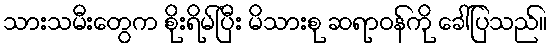
သားသမီးတွေက စိုးရိမ်ပြီး မိသားစု ဆရာဝန်ကို ခေါ်ပြသည်။